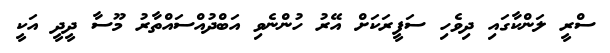
ސްރީ ލަންކާގައި ދިވެހި ސަފީރަކަށް އޭރު ހުންނެވި އަބްދުއްސައްތާރު މޫސާ ދީދީ އަކީ